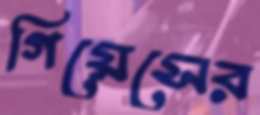
গিয়েসের